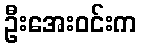
ဦးအေးဝင်းက